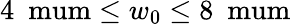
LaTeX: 4\ \mathrm{\ mum}\leq w_{0}\leq 8\ \mathrm{\ mum}